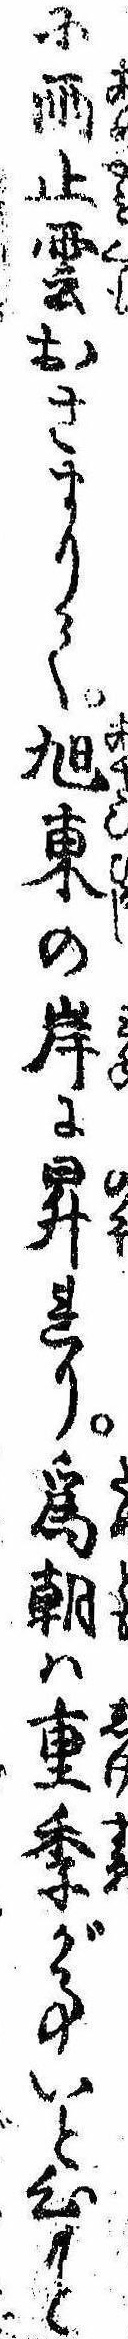
に雨止雲おさまりて旭東の岸に昇れり為朝は重季が事いと心もと